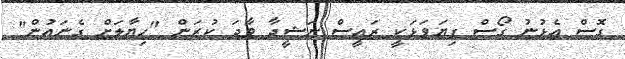
ގޮސް އެޅުނު ގޯސް ފިޔަވަޅަކީ ރައީސް ނަޝީދާ ވާދަ ކުރަން "ހިޔާލަށް ގެނައުން"